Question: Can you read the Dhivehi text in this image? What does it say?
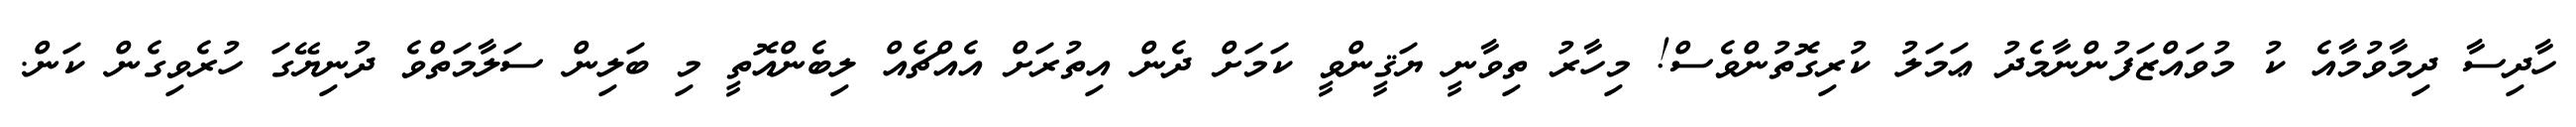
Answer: ހާދިސާ ދިމާވުމާއެ ކު މުވައްޒަފުންނާމެދު ޢަމަލު ކުރިގޮތުންވެސް! މިހާރު ތިވާނީ ޔަޤީންވީ ކަމަށް ދެން އިތުރަށް އެއްޗެއް ލިބެންއޮތީ މި ބަލިން ސަލާމަތްވެ ދުނިޔޭގަ ހުރެވިގެން ކަން.